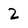
Character: 2